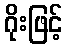
ဂိုးဖြင့်